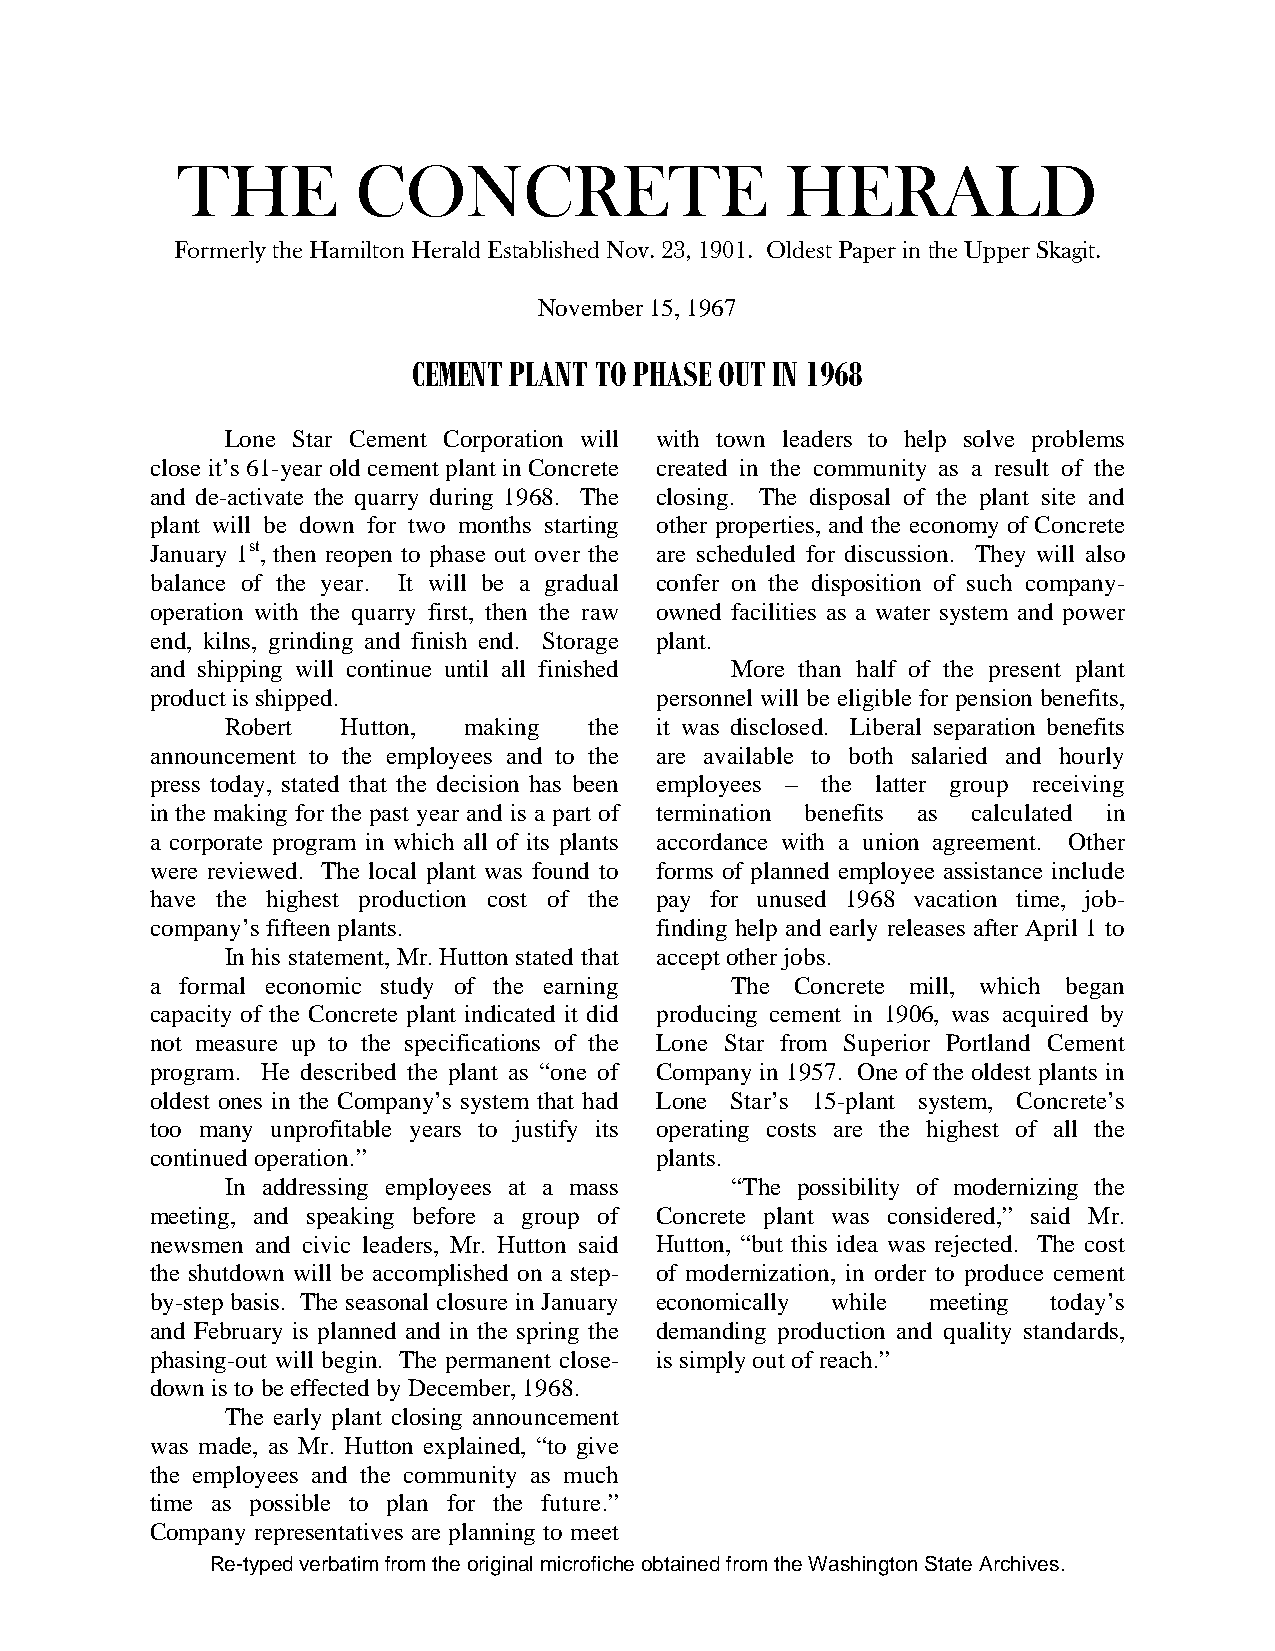
THE         CONCRETE                    HERALD
 Formerly the Hamilton Herald Established Nov. 23, 1901. Oldest Paper in the Upper Skagit.
 November 15, 1967
 CEMENT PLANT TO PHASE OUT IN 1968
 Lone Star Cement Corporation will with town leaders to help solve problems
 close it’s 61-year old cement plant in Concrete created in the community as a result of the
 and de-activate the quarry during 1968. The closing. The disposal of the plant site and
 plant will be down for two months starting other properties, and the economy of Concrete
 January 1st, then reopen to phase out over the are scheduled for discussion. They will also
 balance of the year. It will be a gradual confer on the disposition of such company-
 operation with the quarry first, then the raw owned facilities as a water system and power
 end, kilns, grinding and finish end. Storage plant.
 and shipping will continue until all finished More than half of the present plant
 product is shipped.              personnel will be eligible for pension benefits,
 Robert  Hutton, making  the it was disclosed. Liberal separation benefits
 announcement to the employees and to the are available to both salaried and hourly
 press today, stated that the decision has been employees – the latter group receiving
 in the making for the past year and is a part of termination benefits as calculated in
 a corporate program in which all of its plants accordance with a union agreement. Other
 were reviewed. The local plant was found to forms of planned employee assistance include
 have the highest production cost of the pay for unused 1968 vacation time, job-
 company’s fifteen plants.        finding help and early releases after April 1 to
 In his statement, Mr. Hutton stated that accept other jobs.
 a formal economic study of the earning The Concrete mill, which began
 capacity of the Concrete plant indicated it did producing cement in 1906, was acquired by
 not measure up to the specifications of the Lone Star from Superior Portland Cement
 program. He described the plant as “one of Company in 1957. One of the oldest plants in
 oldest ones in the Company’s system that had Lone Star’s 15-plant system, Concrete’s
 too many unprofitable years to justify its operating costs are the highest of all the
 continued operation.”            plants.
 In addressing employees at a mass “The possibility of modernizing the
 meeting, and speaking before a group of Concrete plant was considered,” said Mr.
 newsmen and civic leaders, Mr. Hutton said Hutton, “but this idea was rejected. The cost
 the shutdown will be accomplished on a step- of modernization, in order to produce cement
 by-step basis. The seasonal closure in January economically while meeting today’s
 and February is planned and in the spring the demanding production and quality standards,
 phasing-out will begin. The permanent close- is simply out of reach.”
 down is to be effected by December, 1968.
 The early plant closing announcement
 was made, as Mr. Hutton explained, “to give
 the employees and the community as much
 time as possible to plan for the future.”
 Company representatives are planning to meet
 Re-typed verbatim from the original microfiche obtained from the Washington State Archives.